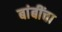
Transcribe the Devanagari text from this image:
बांबींचा